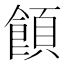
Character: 𩝗